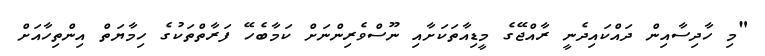
"މި ހާދިސާއިން ދައްކައިދެނީ ރާއްޖޭގެ މީޑިއާތަކަށާއި ނޫސްވެރިންނަށް ކަމާބެހޭ ފަރާތްތަކުގެ ހިމާޔަތް އިންތިހާއަށް